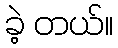
ခဲ့ တယ်။